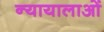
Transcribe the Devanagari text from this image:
न्यायालाओं